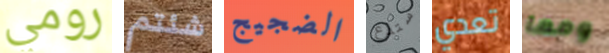
رومي شئتم الضجيج ستدع تعدي ومما